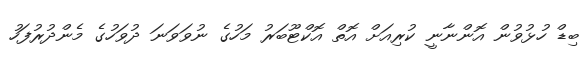
ބިޑް ހުޅުވުން އޮންނާނީ ކުރިއަށް އޮތް އޮކްޓޫބަރު މަހުގެ ނުވަވަނަ ދުވަހުގެ މެންދުރުފަހު